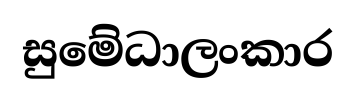
සුමේධාලංකාර